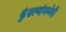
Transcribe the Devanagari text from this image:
कुंडल्यांमध्येही